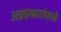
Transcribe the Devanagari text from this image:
अन्नप्रकारांमध्ये